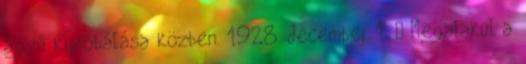
ágyú kipróbálása közben. 1928. december 1. – Megalakul a